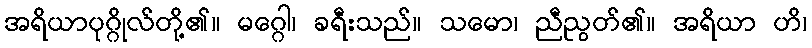
အရိယာပုဂ္ဂိုလ်တို့၏။ မဂ္ဂေါ၊ ခရီးသည်။ သမော၊ ညီညွတ်၏။ အရိယာ ဟိ၊